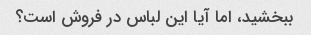
ببخشید، اما آیا این لباس در فروش است؟